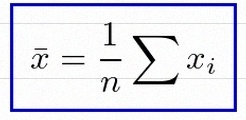
\bar{x}=\frac1n\sum x_i